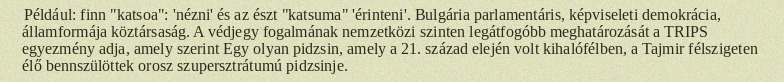
Például: finn "katsoa": 'nézni' és az észt "katsuma" 'érinteni'. Bulgária parlamentáris, képviseleti demokrácia, államformája köztársaság. A védjegy fogalmának nemzetközi szinten legátfogóbb meghatározását a TRIPS egyezmény adja, amely szerint Egy olyan pidzsin, amely a 21. század elején volt kihalófélben, a Tajmir félszigeten élő bennszülöttek orosz szupersztrátumú pidzsinje.